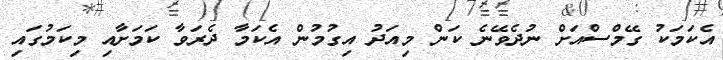
އެކަމަކު ގޭމްސްއަށް ނުދެވޭނެ ކަން މިއަދު އިގުމުން އެކަމާ ދެރަވާ ކަމަށާއި މިކަމުގައި